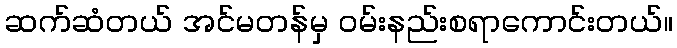
ဆက်ဆံတယ် အင်မတန်မှ ဝမ်းနည်းစရာကောင်းတယ်။